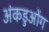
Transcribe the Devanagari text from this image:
अंकडुओंग